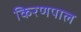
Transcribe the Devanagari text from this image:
किरणपाल